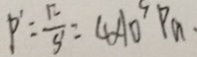
P ^ { \prime } = \frac { F } { S ^ { \prime } } = 4 \times 1 0 ^ { 5 } P _ { a } \cdot